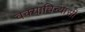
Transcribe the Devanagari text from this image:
वक्याविन्यासी